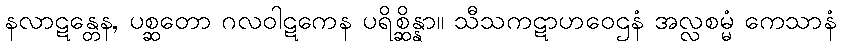
နလာဋန္တေန, ပစ္ဆတော ဂလဝါဋကေန ပရိစ္ဆိန္နာ။ သီသကဋာဟဝေဌနံ အလ္လစမ္မံ ကေသာနံ